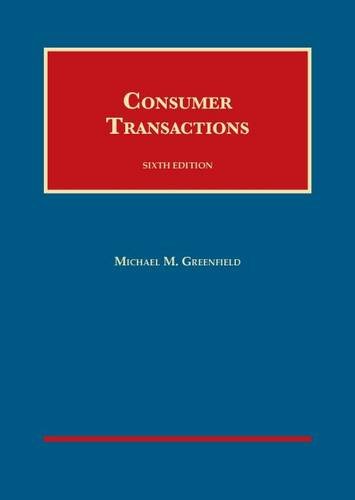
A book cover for Consumer Transactions (University Casebook Series); Michael Greenfield; Law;